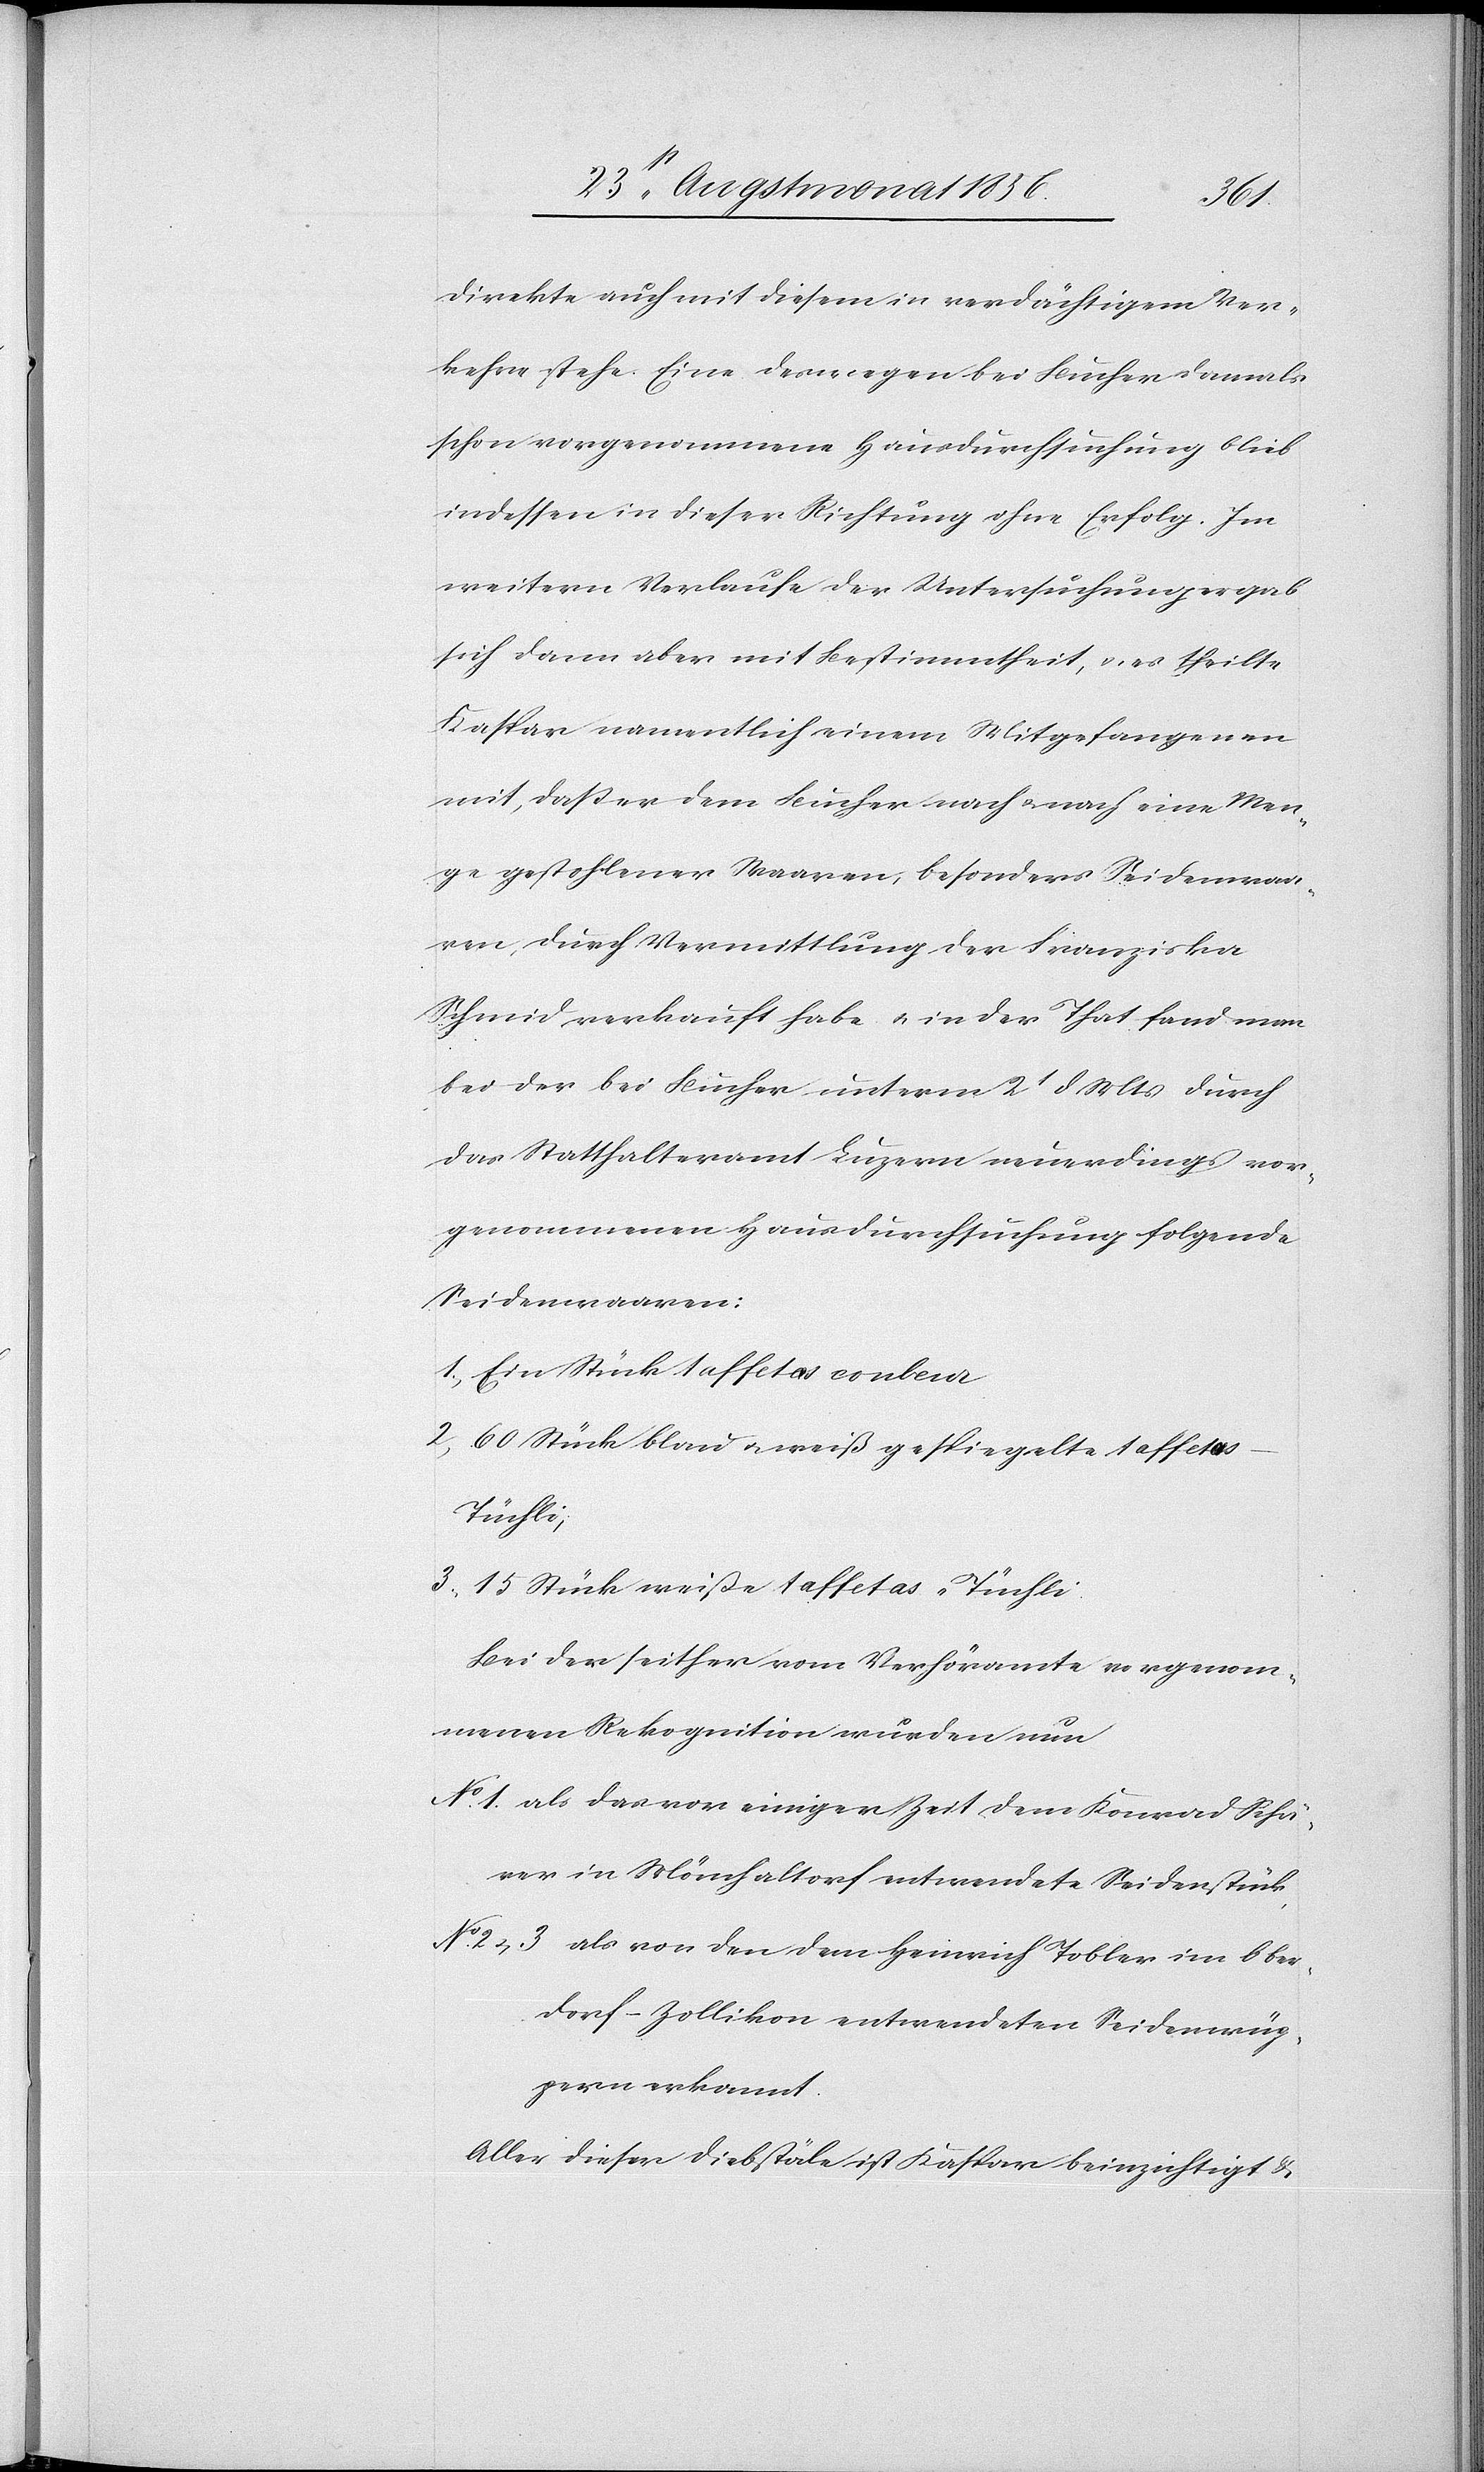
direkte auch mit diesem in verdächtigem Ver¬
kehre stehe. Eine deswegen bei Bucher damals
schon vorgenommene Hausdurchsuchung blieb
indessen in dieser Richtung ohne Erfolg. Im
weitern Verlaufe der Untersuchung ergab
sich dann aber mit Bestimmtheit, u. es theilte
Kaspar namentlich einem Mitgefangenen
mit, dass er dem Bucher nach u. nach eine Men¬
ge gestohlener Waaren, besonders Seidenwaa¬
ren, durch Vermittlung der Franziska
Schmid verkauft habe u. in der That fand man
bei der bei Bucher unterm 2t d Mts durch
das Statthalteramt Luzern neuerdings vor¬
genommenen Hausdurchsuchung folgende
Seidenwaaren:
1.) Ein Stück taffetas couleur
2.) 60 Stück blau u. weiß gespiegelte taffeta¬
s-Tüchli;
3.)
15 Stück weiße taffetas-Tüchli
Bei der seither vom Verhöramte vorgenom¬
menen Rekognition wurden nun
No 1. als das vor einiger Zeit dem Konrad Schä¬
rer in Mönchaltorf entwendete Seidenstück,
No 2 u 3 als von den dem Heinrich Tobler im Ober¬
dorf-Zollikon entwendeten Seidenwüp¬
pern erkannt.
Aller dieser Diebstäle ist Kaspar beinzichtigt &